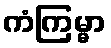
ကံကြမ္မာ